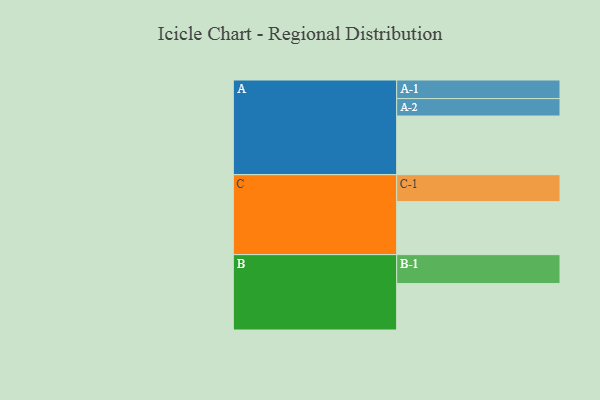
{"axis": {"x": "Segment", "y": "Value"}, "legend": ["", "A", "B", "C"], "data": [{"x": "A", "y": 407, "type": ""}, {"x": "B", "y": 322, "type": ""}, {"x": "C", "y": 368, "type": ""}, {"x": "A-1", "y": 129, "type": "A"}, {"x": "A-2", "y": 121, "type": "A"}, {"x": "B-1", "y": 201, "type": "B"}, {"x": "C-1", "y": 187, "type": "C"}]}